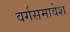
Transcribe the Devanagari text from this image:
वर्गसमावेश